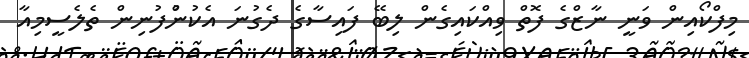
މިފްކޯއިން ވަނީ ނާޒްގެ ފޮތް ވިއްކައިގެން ލިބޭ ފައިސާގެ ދެގުނަ އެކުންުފުނިން ތެލެސީމިއާ